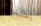
يستحقه